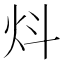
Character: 炓